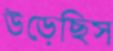
উড়েছিস